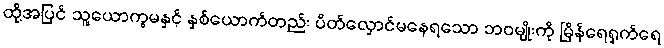
ထို့အပြင် သူ့ယောက္ခမနှင့် နှစ်ယောက်တည်း ပိတ်လှောင်မနေရသော ဘဝမျိုးကို မြိန်ရေရှက်ရေ